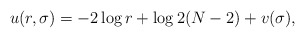
\begin{align*}u(r,\sigma)=-2\log r+\log 2(N-2)+v(\sigma),\end{align*}